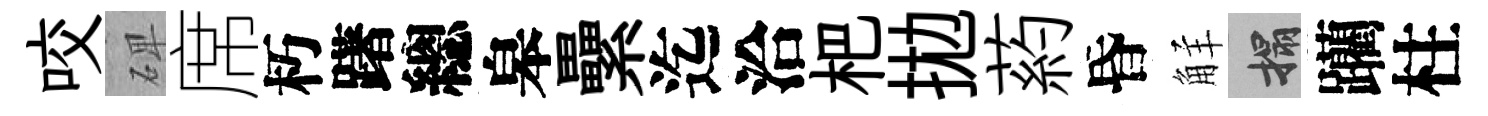
咬𥓓席朽躇總皋纍迄洽杷拋葯昏觧搨躪柱